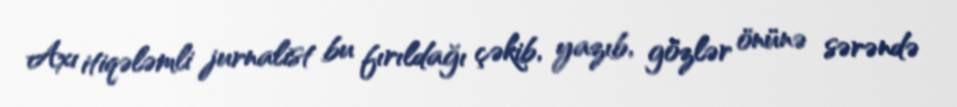
Axı itiqələmli jurnalist bu fırıldağı çəkib, yazıb, gözlər önünə sərəndə